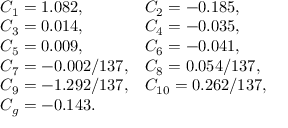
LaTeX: \begin{array} { l l } { { C _ { 1 } = 1 . 0 8 2 , } } & { { C _ { 2 } = - 0 . 1 8 5 , } } \\ { { C _ { 3 } = 0 . 0 1 4 , } } & { { C _ { 4 } = - 0 . 0 3 5 , } } \\ { { C _ { 5 } = 0 . 0 0 9 , } } & { { C _ { 6 } = - 0 . 0 4 1 , } } \\ { { C _ { 7 } = - 0 . 0 0 2 / 1 3 7 , } } & { { C _ { 8 } = 0 . 0 5 4 / 1 3 7 , } } \\ { { C _ { 9 } = - 1 . 2 9 2 / 1 3 7 , } } & { { C _ { 1 0 } = 0 . 2 6 2 / 1 3 7 , } } \\ { { C _ { g } = - 0 . 1 4 3 . } } & { { } } \end{array}